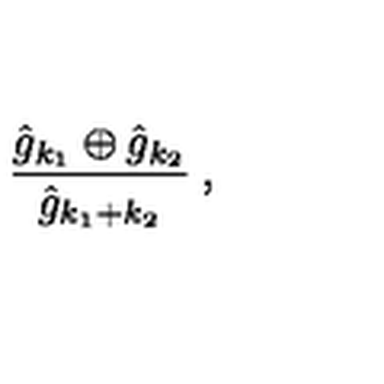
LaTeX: \frac { \hat { g } _ { k _ { 1 } } \oplus \hat { g } _ { k _ { 2 } } } { \hat { g } _ { k _ { 1 } + k _ { 2 } } } \: ,